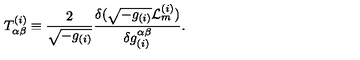
T _ { \alpha \beta } ^ { ( i ) } \equiv \frac { 2 } { \sqrt { - g _ { ( i ) } } } \frac { \delta ( \sqrt { - g _ { ( i ) } } { \cal L } _ { m } ^ { ( i ) } ) } { \delta g _ { ( i ) } ^ { \alpha \beta } } .